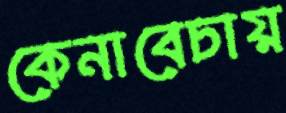
কেনাবেচায়